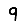
Digit: 9